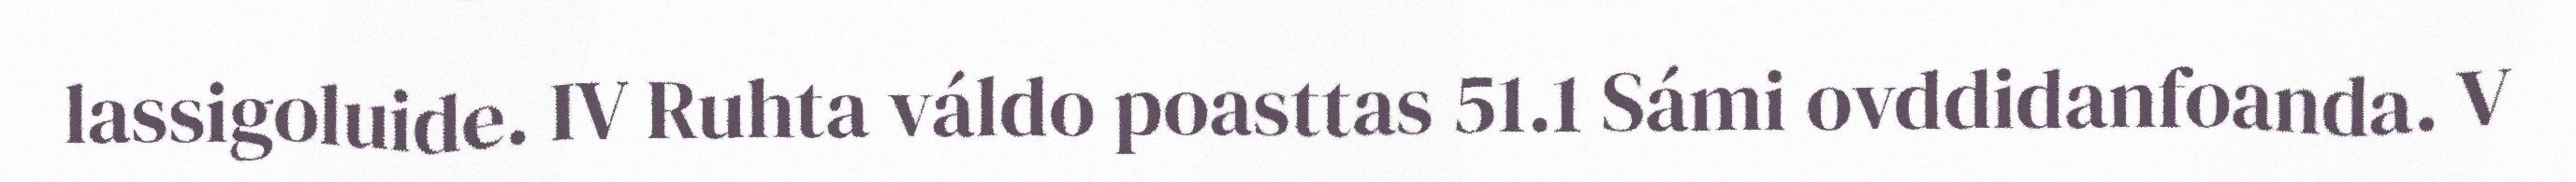
lassigoluide. IV Ruhta váldo poasttas 51.1 Sámi ovddidanfoanda. V